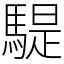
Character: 騠